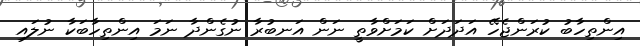
އިންތިހާބު ކުރަންޖެހޭ އަދަދަށް ކަމަށްވާތީ ނަން އަނބުރާ ނުގެންދާ ނަމަ އިންތިހާބަކާ ނުލައިި